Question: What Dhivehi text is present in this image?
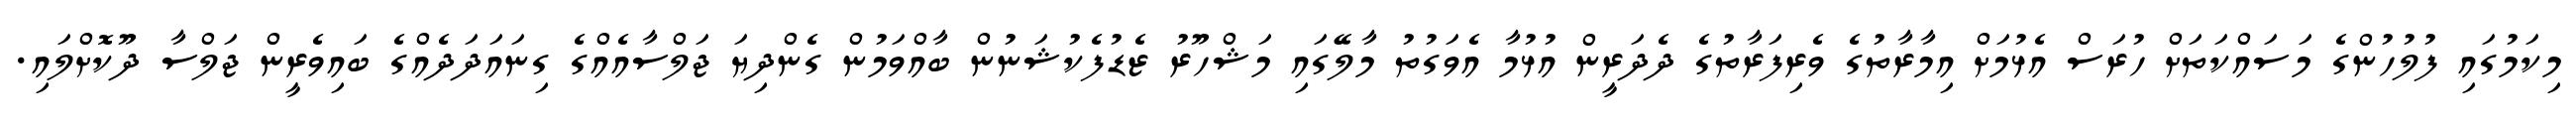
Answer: މިކަމުގައި ފުލުހުންގެ މަސައްކަތަށް ހުރަސް އެޅުމަށް އިމާރާތުގެ ވެރިފަރާތުގެ ދެދަރީން އުޅުމާ އެވަގުތު މާލޭގައި މަޝްހޫރު ޒެޑުފެކުޝަނުން ބާއްވަމުން ގެންދިޔަ ޖަލްސާއެއްގެ ގިނައަދަދެއްގެ ބައިވެރީން ޖަލްސާ ދޫކޮށްލައި.